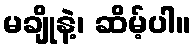
မချိုနဲ့၊ ဆိမ့်ပါ။